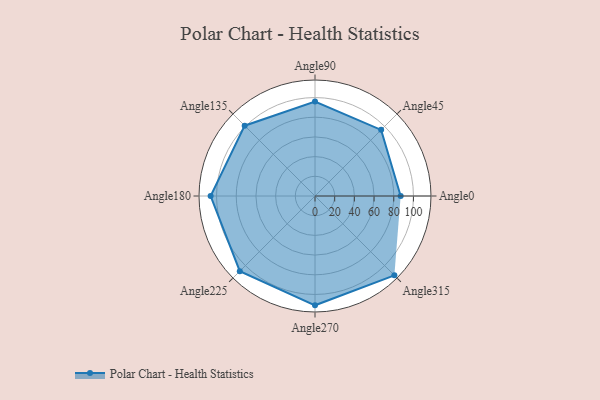
{"axis": {"x": "Angle", "y": "Radius"}, "legend": [""], "data": [{"x": "Angle0", "y": 87.0, "type": ""}, {"x": "Angle45", "y": 95.0, "type": ""}, {"x": "Angle90", "y": 96.0, "type": ""}, {"x": "Angle135", "y": 101.0, "type": ""}, {"x": "Angle180", "y": 106.0, "type": ""}, {"x": "Angle225", "y": 108.0, "type": ""}, {"x": "Angle270", "y": 111.0, "type": ""}, {"x": "Angle315", "y": 114.0, "type": ""}]}